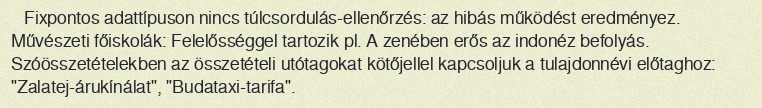
Fixpontos adattípuson nincs túlcsordulás-ellenőrzés: az hibás működést eredményez. Művészeti főiskolák: Felelősséggel tartozik pl. A zenében erős az indonéz befolyás. Szóösszetételekben az összetételi utótagokat kötőjellel kapcsoljuk a tulajdonnévi előtaghoz: "Zalatej-árukínálat", "Budataxi-tarifa".